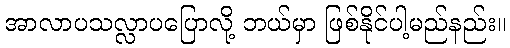
အာလာပသလ္လာပပြောလို့ ဘယ်မှာ ဖြစ်နိုင်ပါ့မည်နည်း။